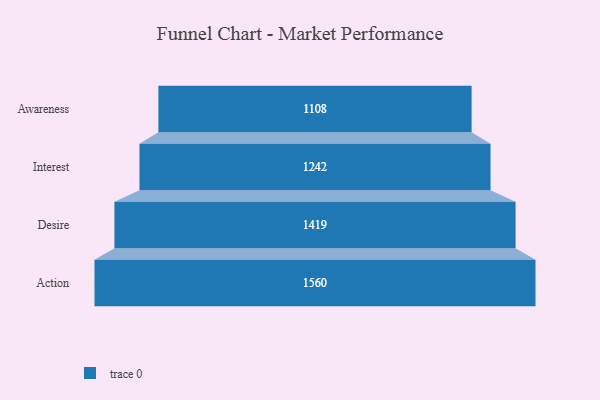
{"axis": {"x": "Stage", "y": "Value"}, "legend": [""], "data": [{"x": "Awareness", "y": 1108.0, "type": ""}, {"x": "Interest", "y": 1242.0, "type": ""}, {"x": "Desire", "y": 1419.0, "type": ""}, {"x": "Action", "y": 1560.0, "type": ""}]}